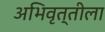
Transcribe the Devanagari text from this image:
अभिवृत्तीला